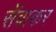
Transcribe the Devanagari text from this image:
सॅवाकर